Mental hospitals Bombay report 1921-28 - 1921-1928
Year: 1921
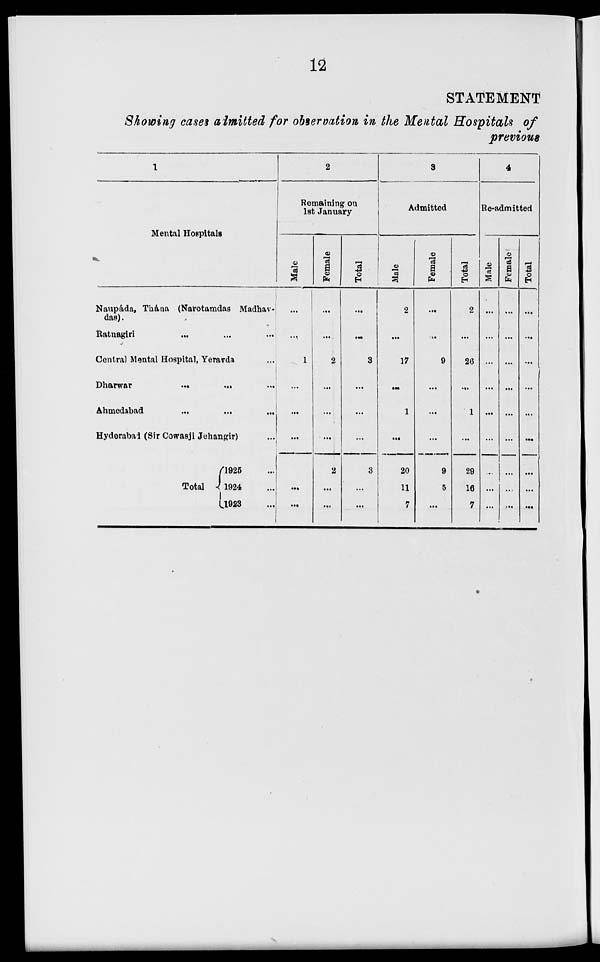
12
STATEMENT
Showing cases admitted for observation in the Mental Hospitals of
previous
1
Mental Hospitals
Naupáda, Thána (Narotamdas Madhav-
das).
Ratnagiri ... ... ...
Central Mental Hospital, Yeravda ...
Dharwar
...
...
...
Ahmedabad
...
...
...
Hyderabad (Sir Cowasji Jehangir) ...
Total
1925 ...
1924 ...
1923 ...
2
Remaining on
1st January
Male
...
...
1
...
...
...
1
...
...
Female
...
...
2
...
...
...
2
...
...
Total
...
...
3
...
...
...
3
...
...
3
Admitted
Male
2
...
17
...
1
...
20
11
7
Female
...
...
9
...
...
...
9
5
...
Total
2
...
26
...
1
...
29
16
7
4
Re-admitted
Male
...
...
...
...
...
...
...
...
...
Female
...
...
...
...
...
...
...
...
...
Total
...
...
...
...
...
...
...
...
...